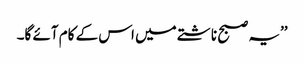
’’یہ صبح ناشتے میں اس کے کام آئے گا۔